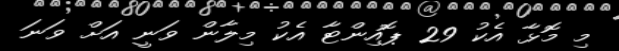
މި މޮޅާ އެކު 29 ޕޮއިންޓާ އެކު މިލާން ވަނީ އަށް ވަނަ